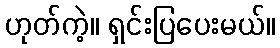
ဟုတ်ကဲ့။ ရှင်းပြပေးမယ်။